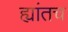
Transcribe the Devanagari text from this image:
ह्यांतच